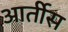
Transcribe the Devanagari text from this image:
आर्तीस